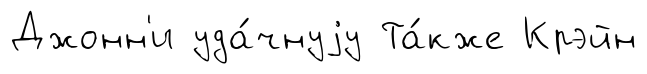
Джонн'и уда́чнуjу Та́кже Крэйн